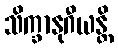
သိက္ခာနုဂီယန္တိ